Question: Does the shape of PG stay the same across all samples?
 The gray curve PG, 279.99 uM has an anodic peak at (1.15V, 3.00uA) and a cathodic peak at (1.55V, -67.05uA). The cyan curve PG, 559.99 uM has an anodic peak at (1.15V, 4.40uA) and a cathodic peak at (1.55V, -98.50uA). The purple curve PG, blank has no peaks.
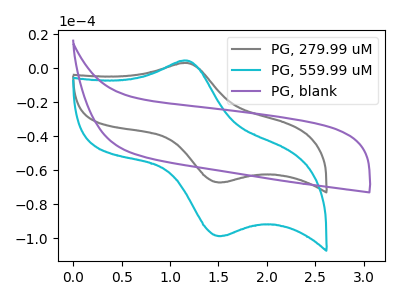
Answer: <think>All the peaks in "PG, 279.99 uM" have a peak in "PG, 559.99 uM" at the same potential. Every peak in "PG, 279.99 uM" is lower than every peak in "PG, 559.99 uM". "PG, 279.99 uM" and "PG, blank" have a different number of peaks. "PG, 559.99 uM" and "PG, blank" have a different number of peaks.
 </think>
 <answer>All the CV's of "PG" have similar shape.</answer>
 <eval>follow_rule</eval>